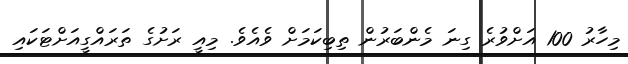
މިހާރު 100 އަށްވުރެ ގިނަ މެންބަރުން ތިބިކަމަށް ވެއެވެ. މިއީ ރަށުގެ ތަރައްގީއަށްޓަކައި